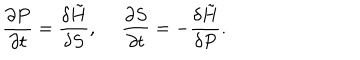
LaTeX: \frac { \partial P } { \partial t } = \frac { \delta \tilde { H } } { \delta S } , ~ ~ \frac { \partial S } { \partial t } = - \frac { \delta \tilde { H } } { \delta P } .